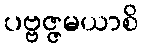
ပဗ္ဗဇ္ဇမယာစိ